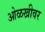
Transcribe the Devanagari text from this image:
ओळखीवर